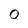
Character: O